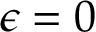
\epsilon = 0